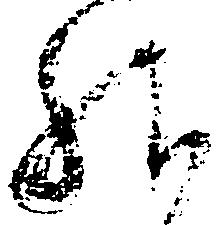
給